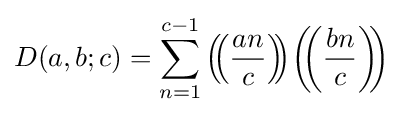
D(a,b;c)=\sum _{n=1}^{c-1}\left(\!\!\left({\frac {an}{c}}\right)\!\!\right)\!\left(\!\!\left({\frac {bn}{c}}\right)\!\!\right)